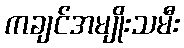
ကချင်အမျိုးသမီး